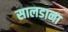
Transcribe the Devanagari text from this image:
सालडाना